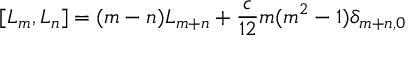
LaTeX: [ L _ { m } , L _ { n } ] = ( m - n ) L _ { m + n } + \frac { c } { 1 2 } m ( m ^ { 2 } - 1 ) \delta _ { m + n , 0 }